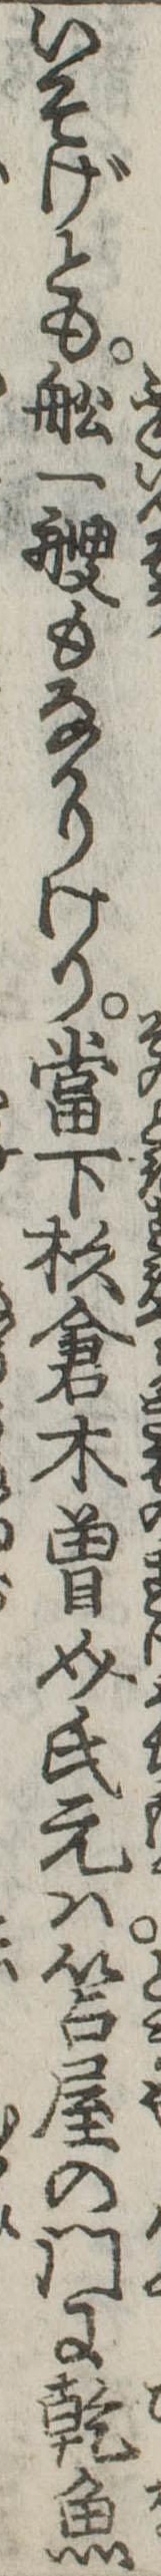
いそげとも船一艘もなかりけり当下杉倉木曽介氏元は笘屋の門に乾魚